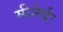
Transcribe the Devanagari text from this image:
मीनेर्वः